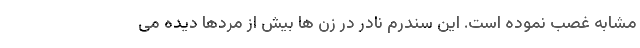
مشابه غصب نموده است. این سندرم نادر در زن ها بیش از مردها دیده می